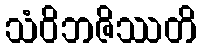
သံဝိဘဇိဿတိ